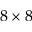
8 \times 8